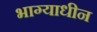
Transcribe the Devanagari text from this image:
भाग्याधीन